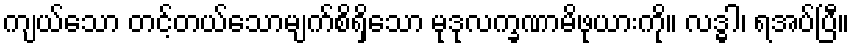
ကျယ်သော တင့်တယ်သောမျက်စိရှိသော မုဒုလက္ခဏာမိဖုယားကို။ လဒ္ဓါ၊ ရအပ်ပြီ။